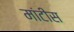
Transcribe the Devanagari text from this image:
मांटीस